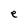
Character: e